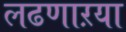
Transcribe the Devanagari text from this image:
लढणाऱया